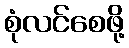
စုံလင်စေဖို့